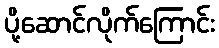
ပို့ဆောင်လိုက်ကြောင်း